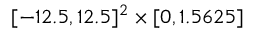
[ - 1 2 . 5 , 1 2 . 5 ] ^ { 2 } \times [ 0 , 1 . 5 6 2 5 ]